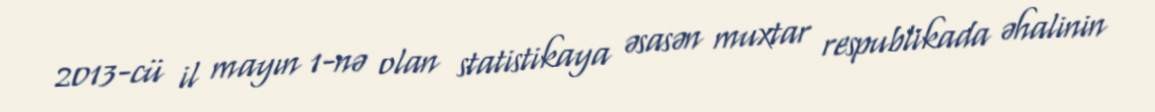
2013-cü il mayın 1-nə olan statistikaya əsasən muxtar respublikada əhalinin